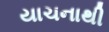
યાચનાથી